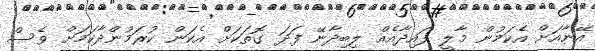
އޭނާއަށް އެކަމުން މާލީ ފައިދާއެއް ލިބިދާނޭ ފަދަ ގޮތަކަށް އެކަން ކުރަމުންދާކަމަށް ވެސް